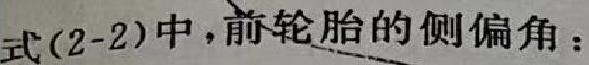
式(2-2)中，前轮胎的侧偏角：